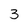
Character: 3